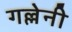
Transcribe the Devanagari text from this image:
गल्लेनी